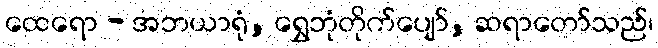
ထေရော - အဘယာရုံ, ရွှေဘုံတိုက်ပျော်, ဆရာတော်သည်၊